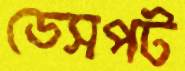
ডেসপট